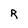
Character: R